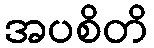
အပစိတိ